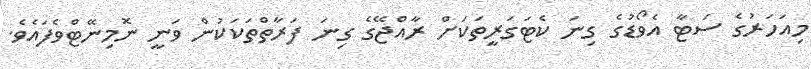
މިއަހަރުގެ ސަޓާ އެވޯޑުގެ ގިނަ ކެޓަގަރީތަކަށް ރާއްޖޭގެ ގިނަ ފަރާތްތަކަކުން ވަނީ ނޮމިނޭޓްވެފައެވެ.